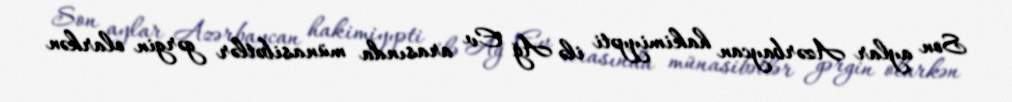
Son aylar Azərbaycan hakimiyyəti ilə Ağ Ev arasında münasibətlər gərgin olarkən